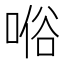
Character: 𠸘